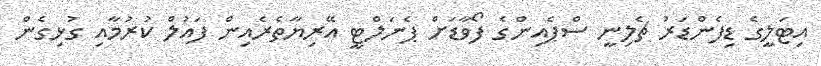
އިޓަލީގެ ޑިފެންޑަރު ޗެލިނީ ސްޕެއިންގެ ފޯވާޑަށް ޕެނަލްޓީ އޭރިޔާތެރެއިން ފައުލް ކުރުމާއި ގުޅިގެން